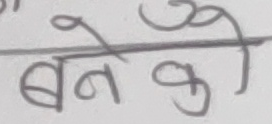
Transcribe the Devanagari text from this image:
बने को